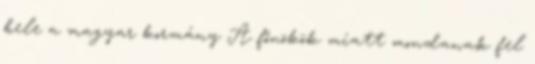
bele a magyar kormány A főnökök miatt mondanak fel